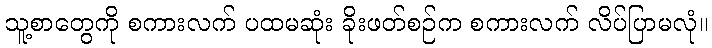
သူ့စာတွေကို စကားလက် ပထမဆုံး ခိုးဖတ်စဉ်က စကားလက် လိပ်ပြာမလုံ။